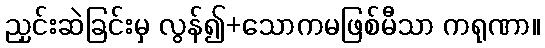
ညှင်းဆဲခြင်းမှ လွန်၍+သောကမဖြစ်မီသာ ကရုဏာ။